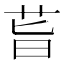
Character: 𦮂